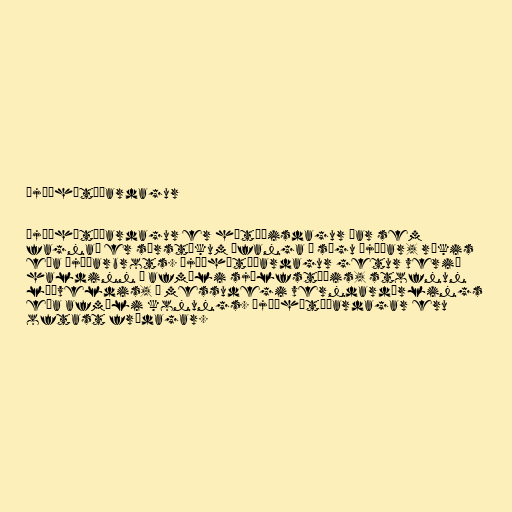
Þjóðhátíðardagur

Þjóðhátíðardagur er hátíðisdagur þar sem
fagnað er sérstökum áfanga í sögu þjóðar, ríkis
eða þjóðarbrots. Þjóðhátíðardagur getur verið
haldinn á afmæli sjálfstæðis, stofnun
lýðveldis, á messudegi verndardýrlings
eða afmæli konungs. Þjóðhátíðardagar eru
oftast frídagar.